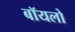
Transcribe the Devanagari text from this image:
बॉयलो